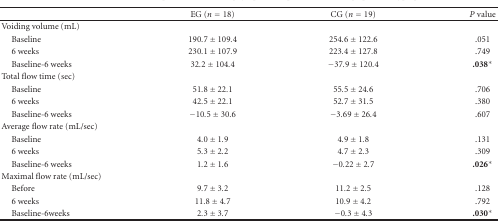
<table><thead><tr><td></td><td><b>EG (<i>n</i> = 18)</b></td><td><b>CG (<i>n</i> = 19)</b></td><td><b><i>P</i> value</b></td></tr></thead><tbody><tr><td>Voiding volume (mL)</td><td></td><td></td><td></td></tr><tr><td> Baseline</td><td>190.7 ± 109.4</td><td>254.6 ± 122.6</td><td>.051</td></tr><tr><td> 6 weeks</td><td>230.1 ± 107.9</td><td>223.4 ± 127.8</td><td>.749</td></tr><tr><td> Baseline-6 weeks</td><td>32.2 ± 104.4</td><td>−37.9 ± 120.4</td><td><b>.038*</b></td></tr><tr><td>Total flow time (sec)</td><td></td><td></td><td></td></tr><tr><td> Baseline</td><td>51.8 ± 22.1</td><td>55.5 ± 24.6</td><td>.706</td></tr><tr><td> 6 weeks</td><td>42.5 ± 22.1</td><td>52.7 ± 31.5</td><td>.380</td></tr><tr><td> Baseline-6 weeks</td><td>−10.5 ± 30.6</td><td>−3.69 ± 26.4</td><td>.607</td></tr><tr><td>Average flow rate (mL/sec)</td><td></td><td></td><td></td></tr><tr><td> Baseline</td><td>4.0 ± 1.9</td><td>4.9 ± 1.8</td><td>.131</td></tr><tr><td> 6 weeks</td><td>5.3 ± 2.2</td><td>4.7 ± 2.3</td><td>.309</td></tr><tr><td> Baseline-6 weeks</td><td>1.2 ± 1.6</td><td>−0.22 ± 2.7</td><td><b>.026*</b></td></tr><tr><td>Maximal flow rate (mL/sec)</td><td></td><td></td><td></td></tr><tr><td> Before</td><td>9.7 ± 3.2</td><td>11.2 ± 2.5</td><td>.128</td></tr><tr><td> 6 weeks</td><td>11.8 ± 4.7</td><td>10.9 ± 4.2</td><td>.792</td></tr><tr><td> Baseline-6weeks</td><td>2.3 ± 3.7</td><td>−0.3 ± 4.3</td><td><b>.030*</b></td></tr></tbody></table>